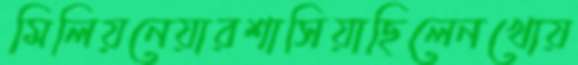
মিলিয়নেয়ারশাসিয়াছিলেনখোয়